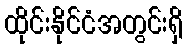
ထိုင်းနိုင်ငံအတွင်းရှိ